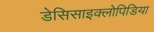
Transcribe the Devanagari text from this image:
डेसिसाइक्लोपिडिया